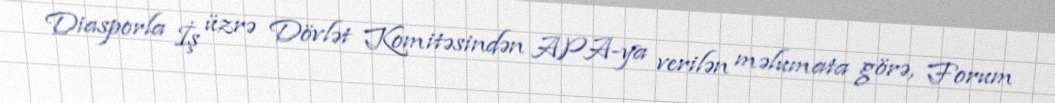
Diasporla İş üzrə Dövlət Komitəsindən APA-ya verilən məlumata görə, Forum